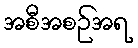
အစီအစဉ်အရ